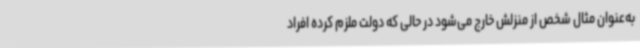
به‌عنوان مثال شخص از منزلش خارج می‌شود در حالی که دولت ملزم کرده افراد